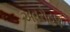
અવરોહણ